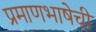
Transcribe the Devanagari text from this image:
प्रमाणभाषेची